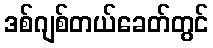
ဒစ်ဂျစ်တယ်ခေတ်တွင်